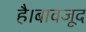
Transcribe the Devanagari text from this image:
है।बावजूद